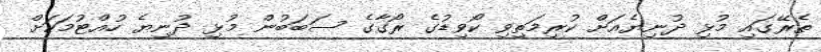
ތެރޭގައި މުޅި ދުނިޔެއަށް ކުރިމަތިވި ކޯވިޑުގެ ރޯގާގެ ސަބަބުން މުޅި ދުނިޔެ ހުއްޓުމަކަށް